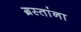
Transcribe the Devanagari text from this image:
ग्रस्तांना